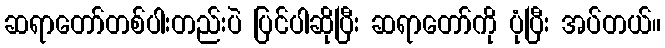
ဆရာတော်တစ်ပါးတည်းပဲ ပြင်ပါဆိုပြီး ဆရာတော်ကို ပုံပြီး အပ်တယ်။